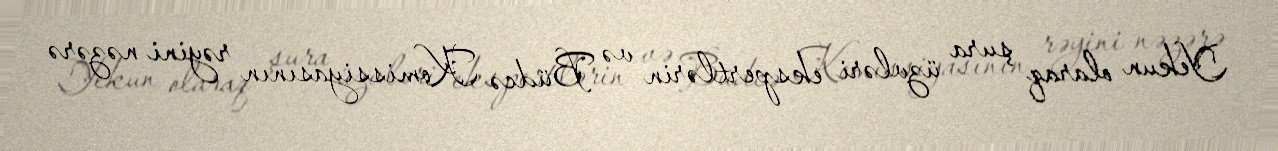
Yekun olaraq şura üzvləri ekspertlərin və Büdcə Komissiyasının rəyini nəzərə